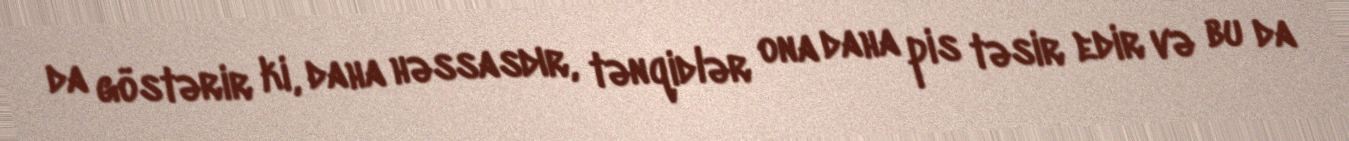
da göstərir ki, daha həssasdır, tənqidlər ona daha pis təsir edir və bu da